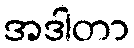
အဒါတာ